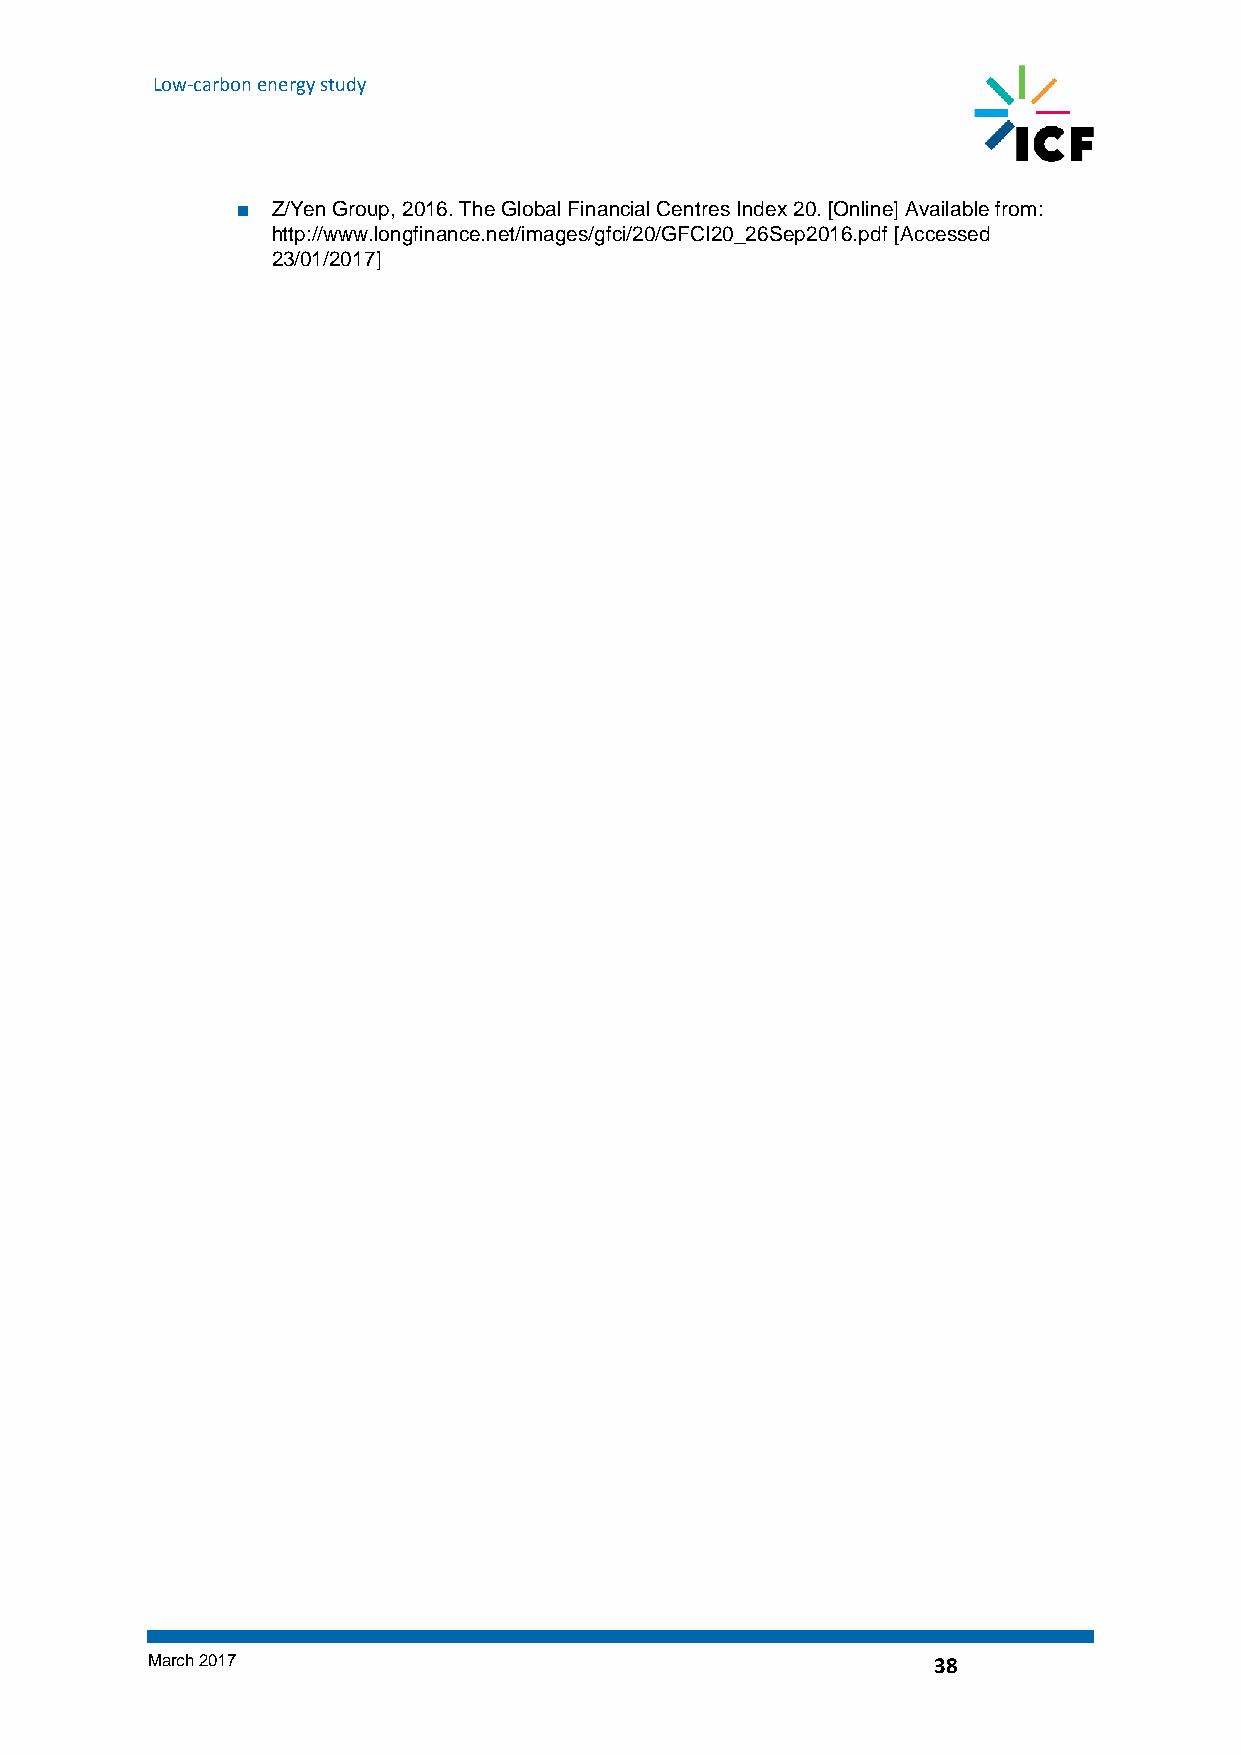
Low-carbon energy study
 ■ Z/Yen Group, 2016. The Global Financial Centres Index 20. [Online] Available from:
 http://www.longfinance.net/images/gfci/20/GFCI20_26Sep2016.pdf [Accessed
 23/01/2017]
 March 2017                                          38